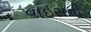
વાઇસની